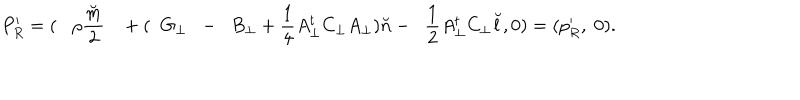
LaTeX: P _ { R } ^ { \prime } = ( { \rho } \frac { \breve { m } } { 2 } + ( \; \; G _ { \bot } \; \; - \; \; B _ { \bot } + \frac { 1 } { 4 } A _ { \bot } ^ { t } C _ { \bot } A _ { \bot } ) { \breve { n } } - \; \; \frac { 1 } { 2 } A _ { \bot } ^ { t } C _ { \bot } { \breve { l } } , 0 ) = ( p _ { R } ^ { \prime } , \; 0 ) .